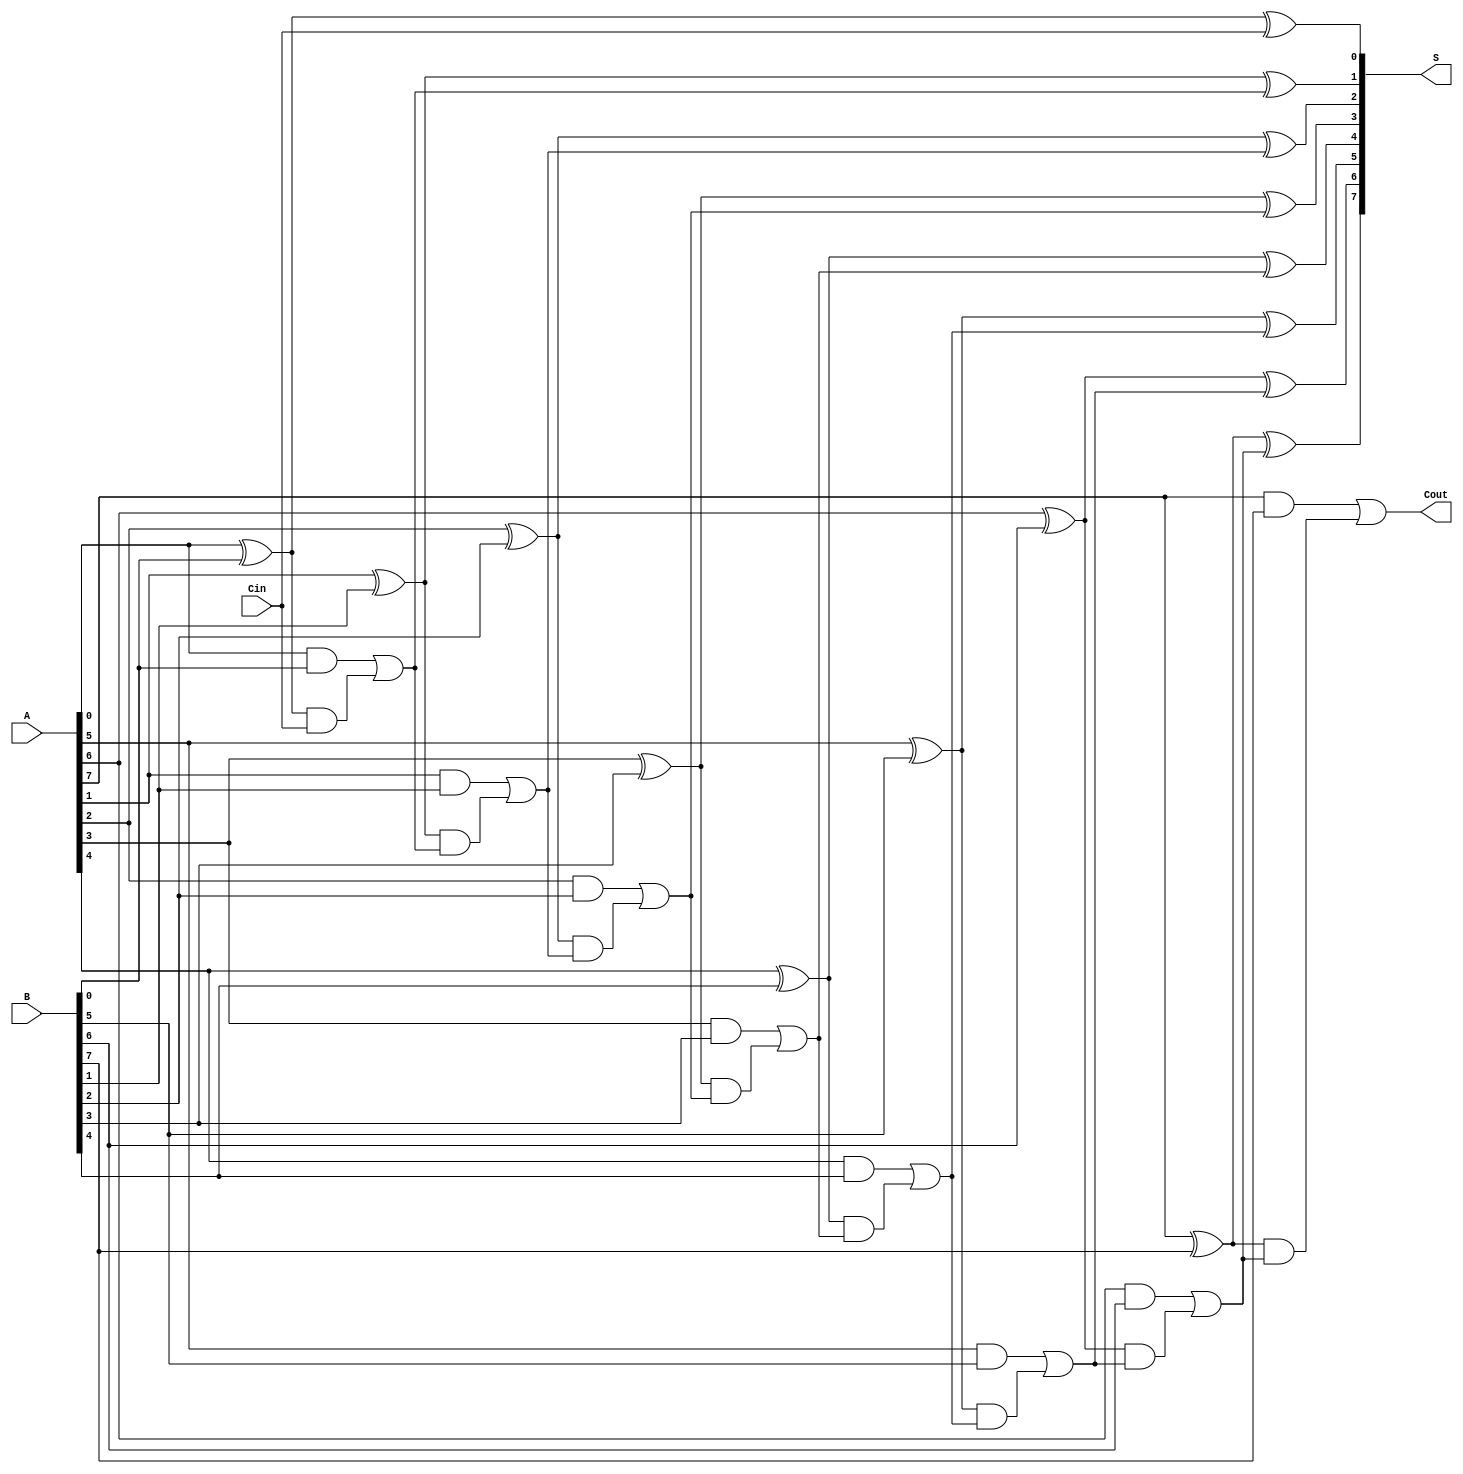
module brent_kung_adder #(parameter N = 8) (
    input  [N-1:0] A,     // First n-bit input
    input  [N-1:0] B,     // Second n-bit input
    input          Cin,    // Carry-in
    output [N-1:0] S,     // n-bit sum output
    output         Cout     // Carry-out
);

    // Generate and Propagate signals
    wire [N-1:0] G; // Generate
    wire [N-1:0] P; // Propagate
    wire [N:0] C;   // Carry signals

    // Generate and Propagate calculations
    genvar i;
    generate
        for (i = 0; i < N; i = i + 1) begin : generate_propagate
            assign G[i] = A[i] & B[i];      // Generate
            assign P[i] = A[i] ^ B[i];      // Propagate
        end
    endgenerate

    // Carry computation using Brent-Kung structure
    assign C[0] = Cin; // Initial carry-in
    generate
        for (i = 1; i <= N; i = i + 1) begin : carry_computation
            wire [N:0] prev_level;
            if (i == 1) begin
                assign C[i] = G[i-1] | (P[i-1] & C[i-1]);
            end else begin
                assign C[i] = G[i-1] | (P[i-1] & C[i-1]);
            end
        end
    endgenerate

    // Sum computation
    generate
        for (i = 0; i < N; i = i + 1) begin : sum_computation
            assign S[i] = P[i] ^ C[i]; // Sum bit
        end
    endgenerate

    // Final carry-out
    assign Cout = C[N];

endmodule